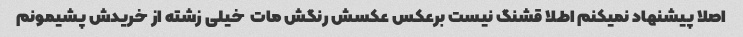
اصلا پیشنهاد نمیکنم اطلا قشنگ نیست برعکس عکسش رنگش مات  خیلی زشته از خریدش پشیمونم